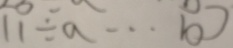
1 1 \div a \cdots b )